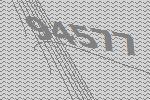
94577